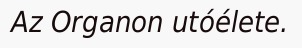
Az Organon utóélete.